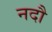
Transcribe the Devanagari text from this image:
नदौ